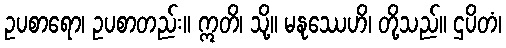
ဥပစာရော၊ ဥပစာတည်း။ ဣတိ၊ သို့။ မနုဿေဟိ၊ တို့သည်။ ဌပိတံ၊